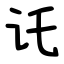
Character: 讬